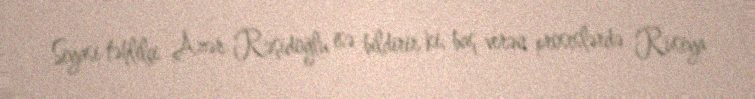
Siyasi təhlilçi Azər Rəşidoğlu isə bildirir ki, baş verən proseslərdə Rusiya